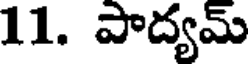
11. పాద్యమ్